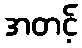
အတင့်